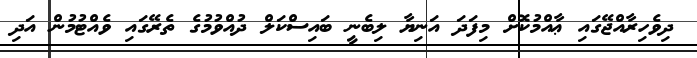
ދިވެހިރާއްޖޭގައި ޢާއްމުކޮށް މިފަދަ އަނިޔާ ލިބެނީ ބައިސްކަލް ދުއްވުމުގެ ތެރޭގައި ވެއްޓުމުން އަދި